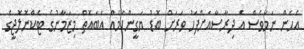
އެހެން ނަމަވެސް އެ ދިރާސާއަށްފަހު ވަރަށް ބޮޑު ޔަގީންކަމެއް އެބައޮތް މިޒަމާނުގެ ޓެކްނޮލޮޖީގެ